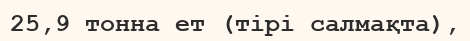
25,9 тонна ет (тірі салмақта),